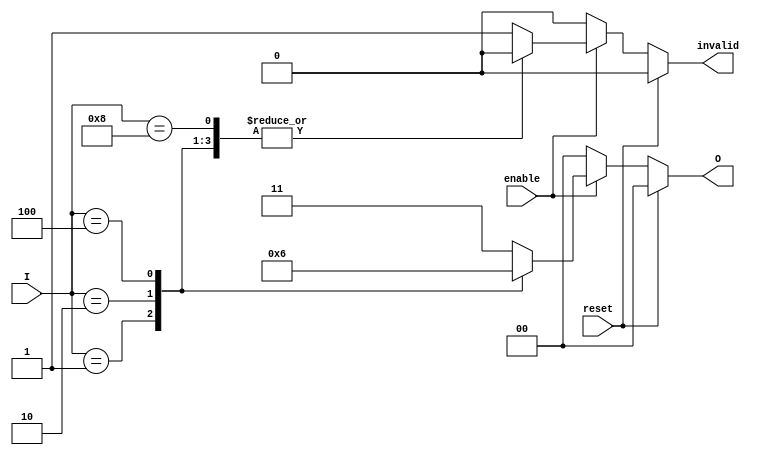
module relative_encoder (
    input wire [3:0] I,        // 4 input lines
    input wire enable,         // Enable signal
    input wire reset,          // Synchronous reset
    output reg [1:0] O,        // 2 output lines
    output reg invalid         // Invalid state indicator
);

    always @(*) begin
        // Default values
        O = 2'b00;              // Default output
        invalid = 1'b0;        // Default invalid state

        if (reset) begin
            O = 2'b00;          // Reset output to 00
            invalid = 1'b0;    // Reset invalid state
        end else if (enable) begin
            case (I)
                4'b0001: O = 2'b00; // I0 active
                4'b0010: O = 2'b01; // I1 active
                4'b0100: O = 2'b10; // I2 active
                4'b1000: O = 2'b11; // I3 active
                4'b1111: begin
                    // All inputs active - Invalid state
                    invalid = 1'b1; // Set invalid flag
                    O = 2'b11;      // Error code
                end
                default: begin
                    // More than one input active
                    invalid = 1'b1; // Set invalid flag
                    O = 2'b11;      // Error code
                end
            endcase
        end else begin
            O = 2'b00;              // If not enabled, set output to default
            invalid = 1'b0;        // No invalid state
        end
    end

endmodule